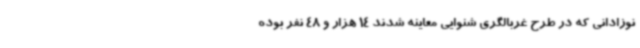
نوزادانی که در طرح غربالگری شنوایی معاینه شدند 14 هزار و 48 نفر بوده